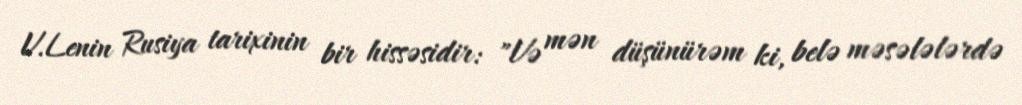
V.Lenin Rusiya tarixinin bir hissəsidir: "Və mən düşünürəm ki, belə məsələlərdə